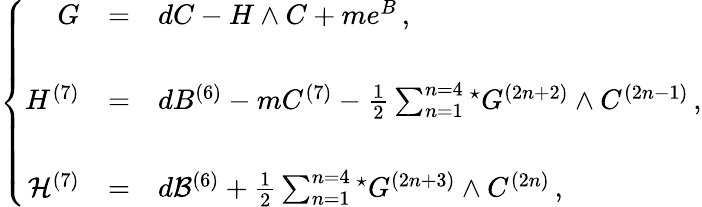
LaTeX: \left\{ \begin{array}{rcl}{{G}}&{{=}}&{{dC-H\wedge C+me^{B}\, ,}}\\ {{}}&{{}}&{{}}\\ {{H^{(7)}}}&{{=}}&{{dB^{(6)}-mC^{(7)}-\frac{1}{2}\sum_{n=1}^{n=4}{}^{\star}G^{(2n+2)}\wedge C^{(2n-1)}\, ,}}\\ {{}}&{{}}&{{}}\\ {{{\cal H}^{(7)}}}&{{=}}&{{d{\cal B}^{(6)}+\frac{1}{2}\sum_{n=1}^{n=4}{}^{\star}G^{(2n+3)}\wedge C^{(2n)}\, ,}}\end{array}\right.